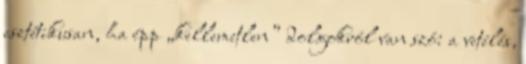
esztétikusan, ha épp „kellemetlen” dolgokról van szó: a vetélés,